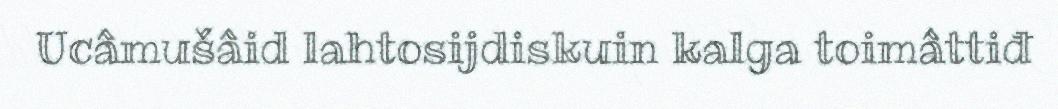
Ucâmušâid lahtosijdiskuin kalga toimâttiđ